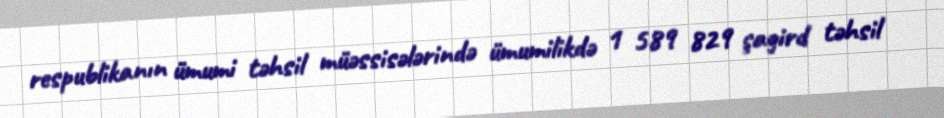
respublikanın ümumi təhsil müəssisələrində ümumilikdə 1 589 829 şagird təhsil